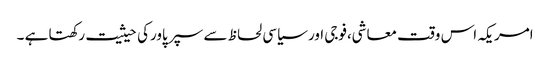
امریکہ اس وقت معاشی،فوجی اور سیاسی لحاظ سے سپر پاورکی حیثیت رکھتا ہے ۔